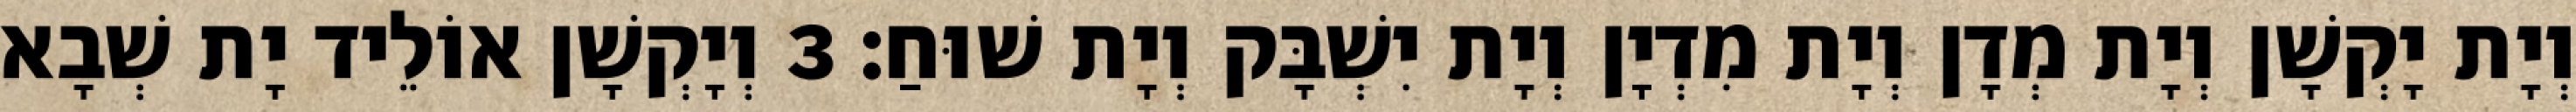
וְיָת יָקְשָׁן וְיָת מְדָן וְיָת מִדְיָן וְיָת יִשְׁבָּק וְיָת שׁוּחַ׃ 3 וְיָקְשָׁן אוֹלֵיד יָת שְׁבָא